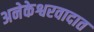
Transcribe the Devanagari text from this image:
अनेकेश्वरवादात